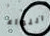
اللواء